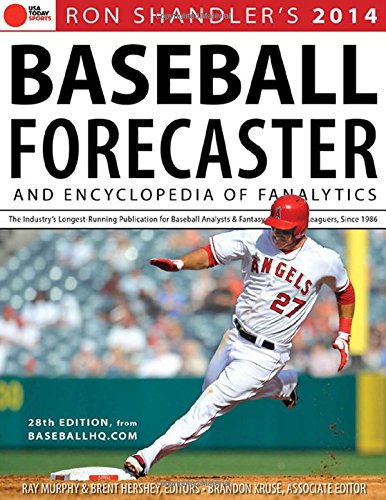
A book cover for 2014 Baseball Forecaster: An Encyclopedia of Fanalytics; Ron Shandler; Reference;